Annual report of the Punjab Veterinary College and of the Civil Veterinary Department, Punjab - 1909-1919
Year: 1909
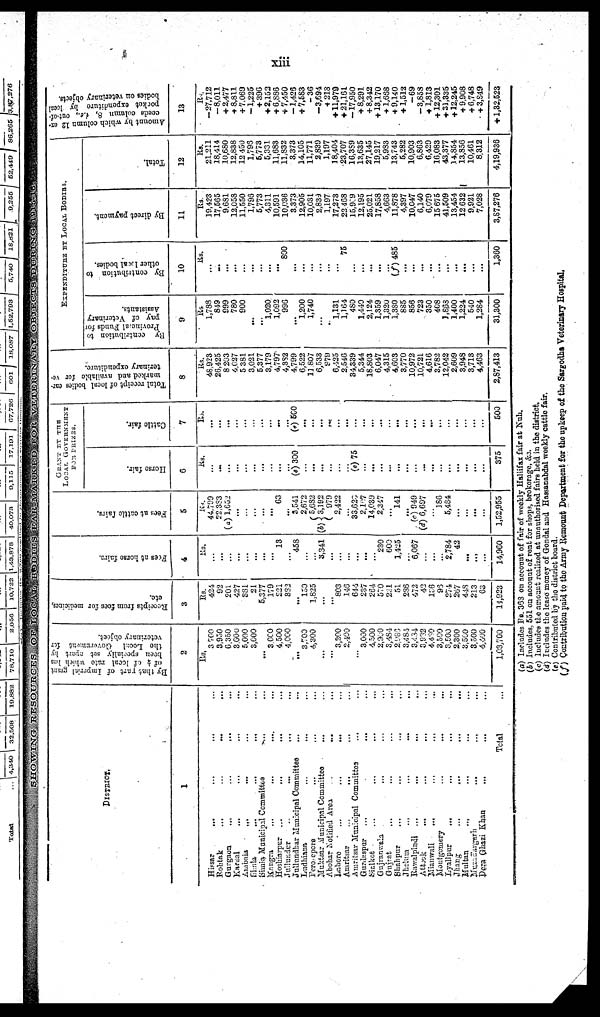
xiii
DISTRICT.
1
Hissar ... ... ... ...
Rohtak ... ... ... ...
Gurgaon ... ... ... ...
Karnal... ... ... ...
Ambala ... ... ... ...
Simla ... ... ... ...
Simla Municipal Committes ... ...
Kangra
...
...
...
...
Hoshiarpur ... ... ... ...
Jullundur
...
...
...
...
Jullundhar Municipal Committee ... ...
Ludhians ... ... ... ...
Pero epcre ... ... ... ...
Muktsar Municipal Committee ... ...
Abohar Notified Area ... ... ...
Lahore
...
...
...
...
Amritsar
...
...
...
...
Amritsar Municipal Committee ... ...
Guzdeaspur
...
...
...
...
Sialkot
...
...
...
...
...
Gujranwala ... ... ... ...
Gujrat
...
...
...
...
Shahpur ... ... ... ...
Jhelum ... ... ... ...
Rawalpindi ... ... ... ...
Attock ... ... ... ...
Mianwali ... ... ... ...
Montgomery ... ... ...
Lyallpur
...
...
...
...
...
Jhang ... ... ... ... ...
Multan ... ... ... ... ...
Muzaffargarh ... ... ... ...
Dera Ghazi Khan
...
...
...
...
Total ...
By that rart
of Imperial grant
of ¼ of local rate which has
j been specially set apart by
the
Lockl
Government for
veterinary object.
2
Rs.
3,700
8,950
6,350
3,660
5,000
3,000
... 3,000
4,500
4,000
... 3,700
4,300
...
...
3,200
2,400
...
3,000
4,500
2,900
3,484
2,989
3,484
8,434
3,932
4,480
3,500
3,500
2,300
3,500
3,500
4,400
1,03,700
Receipts from fees for medicines,
etc.
3
Rs.
424
92
201
427
381
21
5,377
179
221
382
... l50
1,825
...
... 803
146
644
237
264
570
221
51
236
472
42
156
93
274
207
443
213
63
14,923
Fees at hor se fai rs.
4
Rs.
...
...
...
...
...
...
...
... 13
... 458
...
... 3,341
...
...
...
...
...
... 230
600
1,425
... 6,067
...
...
... 2,784
42
...
...
...
14,960
Fees at c a t t l e fai rs.
5
Rs.
44,709
22,383
(a) 1,652
...
...
...
... ...
63
...
3,541
2,672
5,682
(b) 3,192
979
2,422
... 33,625
2,107
14,039
2,347
... l41
...
(c) 949
(d) 6,697
... l86
5,434
...
... ...
...
1,52,955
GRAXT BY THE
LOCAL GOVERNMENT
FOR PRIZES.
Horse fair.
6
Rs.
... ...
...
...
...
...
...
...
...
... (e) 300
... ...
...
...
...
... (e) 75
... ... ...
...
...
...
... ...
...
... ...
...
... ...
...
375
Cattle fair.
7
Rs.
...
...
...
...
...
...
... ...
...
... (e) 500
...
...
...
...
...
...
... ...
...
...
... ...
...
...
...
...
...
...
...
...
...
...
500
Total receipt of local bodies ear-
marked and available for ve-
terinary expenditure.
8
Rs.
48,923
20,425
8,203
4,027
5 381
3,021
5.377
3.179
4,797
4,382
4,799
6,522
11 807
6,533
979
6,425
2,540
34,339
5,344
18,803
6,047
4,315
4,603
3,770
10,972
10,721
4,616
3,782
12,042
2,609
3,948
3,713
4,463
2,87,413
EXPENDITURE BY LOCAL BODIES.
By contribution to
Provincial Funds for
pay of Veterinary
Assistants.
9
Rs
1,738
849
899
780
900
...
...
1,020
1,092
996
...
1,200
1,740
...
..
1,131
1,164
480
1,440
2,124
1,359
1,320
1,380
885
856
723
350
408
1,863
1,400
1,224
540
1,284
31,300
By contribution to
other local bodies.
10
Rs.
...
...
...
...
... ...
...
...
...
800
...
... ...
...
...
...
75
...
...
...
...
... (f) 485
... ...
...
...
...
...
...
...
...
...
1,360
By direct payment.
11
Rs.
19,423
17,565
9,681
12,058
11,550
1,795
5,773
4,311
10,591
10,036
3,373
12,905
10,031
2,839
1,197
17,273
22 468
15,909
12,195
25,021
17,858
4,663
11,878
4,397
10,047
6,140
6,079
15,675
41,509
13,454
12,632
9,921
7,028
3,87,276
Total.
12
Rs.
21,211
18,414
10,680
12,838
12,450
1,793
5,773
5,331
11,683
11,832
3,373
14,105
11,771
2,839
1,197
18,404
23,707
16,389
13,635
27,145
19,217
5,983
13,743
5,282
10,903
6,863
6,429
16,083
43,377
14,854
13,856
10,461
8,312
4,19,936
Amount by which column 12 ex-
ceeds
column 8, i.e., out-of-
pocket
expenditure by local
bodies on veterinary objects.
13
Rs.
-27,712
-8,011
+ 2,477
+ 8,811
+ 7,069
-1,225
+ 396
+ 2,153
+ 6,886
+ 7,450
-1,425
+ 7,583
-36
-3,694
4 218
+ 11,979
+ 21,16L
-17,950
+ 8,291
+ 8,342
+13,170
+ 1,668
+ 9,140
+1,512
-69
-3,858
+ 1,813
+12,301
+ 31,335
+12,245
+ 9,908
+ 6,748
+ 3,849
+ 1,32,523
(a) Includes Rs. 368 on account of fair of weekly Haliifax fair at Nuh.
(b) Includes, 551 on account of rent for shops, brokerage, &c.
(c) Includes the amount realized at unauthorised fairs held in the district.
(d) Includes the lease money of Gondal and Hassanabdal weekly cattle fair.
(e) Contributed by the district board.
(f) Contribution paid to the Army Remount Department for the upkeep of the Sargodha Veterinary Hospital.